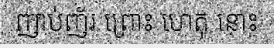
ញាប់ញ័រ ព្រោះ ហេតុ នោះ